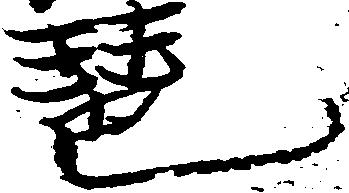
琶